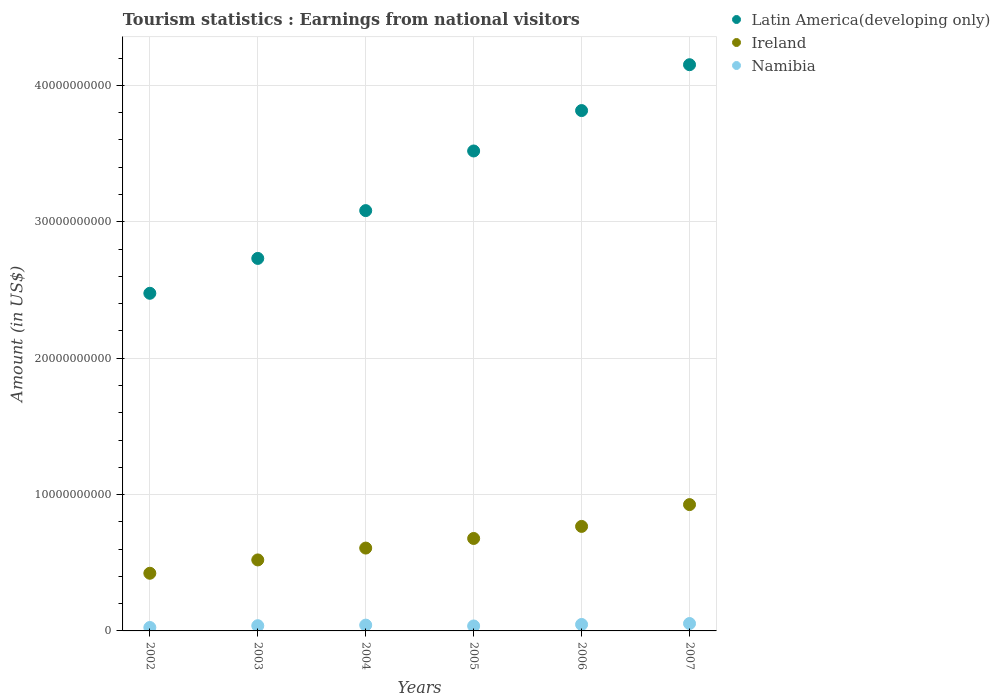
| Years | Latin America(developing only) | Ireland | Namibia |
 | --- | --- | --- | --- |
 | 2002 | 2.48e+10 | 4.23e+09 | 2.51e+08 |
 | 2003 | 2.73e+10 | 5.21e+09 | 3.83e+08 |
 | 2004 | 3.08e+10 | 6.08e+09 | 4.26e+08 |
 | 2005 | 3.52e+10 | 6.78e+09 | 3.63e+08 |
 | 2006 | 3.82e+10 | 7.66e+09 | 4.73e+08 |
 | 2007 | 4.15e+10 | 9.26e+09 | 5.42e+08 |